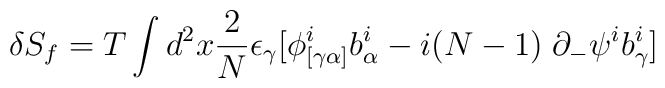
\delta S_f = T\int d^2x {2\over N} \epsilon_\gamma[\phi^i_{[\gamma \alpha]}b^i_\alpha - i(N-1)\;\partial_-\psi^i b^i_\gamma]